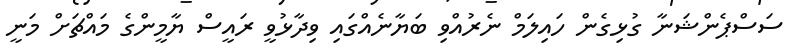
ސަސްޕެންޝަނާ ގުޅިގެން ހައިލަމް ނެރުއްވި ބަޔާނެއްގައި ވިދާޅުވީ ރައީސް ޔާމީންގެ މައްޗަށް މަނީ